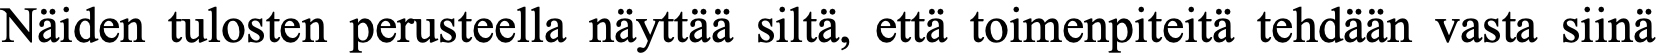
Näiden tulosten perusteella näyttää siltä, että toimenpiteitä tehdään vasta siinä